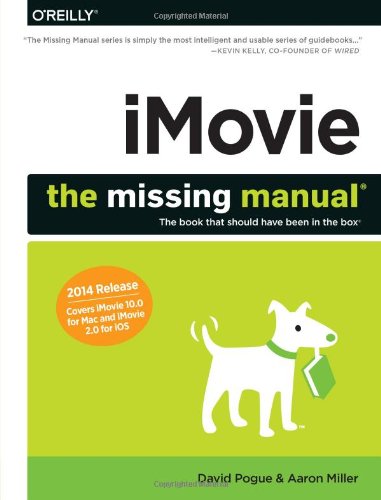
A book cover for iMovie: The Missing Manual: 2014 release, covers iMovie 10.0 for Mac and 2.0 for iOS; David Pogue; Humor & Entertainment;